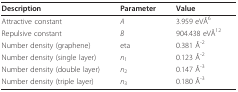
| Description | Parameter | Value |
 | --- | --- | --- |
 | Attractive constant | A | 3.959 eVÅ6 |
 | Repulsive constant | B | 904.438 eVÅ12 |
 | Number density (graphene) | eta | 0.381 Å-2 |
 | Number density (single layer) | n1 | 0.123 Å-2 |
 | Number density (double layer) | n2 | 0.147 Å-3 |
 | Number density (triple layer) | n3 | 0.180 Å-3 |